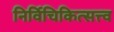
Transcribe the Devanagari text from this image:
निर्विचिकित्सत्त्व